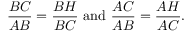
{ \frac { B C } { A B } } = { \frac { B H } { B C } } { \mathrm { ~ a n d ~ } } { \frac { A C } { A B } } = { \frac { A H } { A C } } .